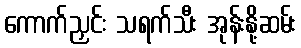
ကောက်ညှင်း သရက်သီး အုန်းနို့ဆမ်း